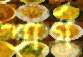
অর্গ